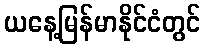
ယနေ့မြန်မာနိုင်ငံတွင်